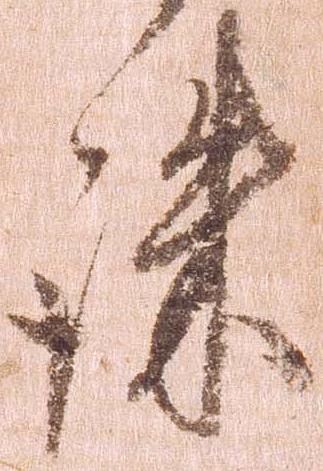
誅